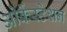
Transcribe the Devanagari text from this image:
ओर्केस्टेशन